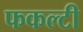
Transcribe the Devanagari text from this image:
फकल्टी